Vaccination Hyderabad 1890-1903 - 1890-1903
Year: 1890
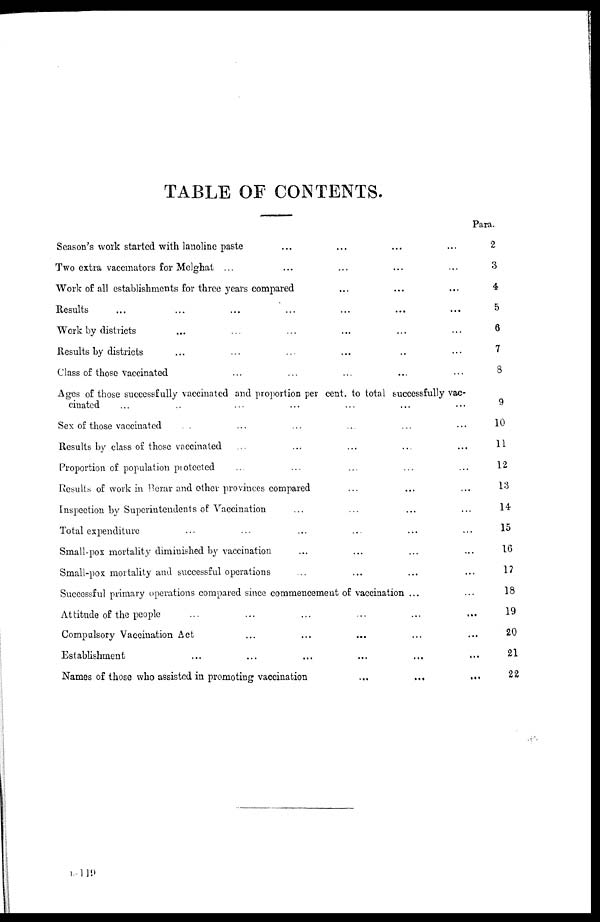
TABLE OF CONTENTS.
Para.
Season's work started with lanoline paste ... ... ... ...
Two extra vaccinators for Melghat ... ... ... ... ...
Work of all establishments for three years compared ... ... ...
Results ... ... ... ... ... ... ...
Work by districts ... ... ... ... ... ...
Results by districts ... ... ... ... ... ...
Class of those vaccinated ... ... ... ... ...
Ages of those successfully vaccinated and proportion per cent. to total successfully vac-
cinated ... ... ... ... ... ... ...
Sex of those vaccinated ... ... ... ... ... ...
Results by class of those vaccinated ... ... ... ... ...
Proportion of population protected ... ... ... ... ...
Results of work in Berar and other provinces compared ... ... ...
Inspection by Superintendents of Vaccination ... ... ... ...
Total expenditure ... ... ... ... ... ...
Small-pox mortality diminished by vaccination ... ... ... ...
Small-pox mortality and successful operations ... ... ... ...
Successful primary operations compared since commencement of vaccination ... ...
Attitude of the people ... ... ... ... ... ...
Compulsory Vaccination Act ... ... ... ... ...
Establishment ... ... ... ... ... ...
Names of those who assisted in promoting vaccination
...
... ...
2
3
4
5
6
7
8
9
10
11
12
13
14
15
16
17
18
19
20
21
22
B-119